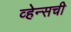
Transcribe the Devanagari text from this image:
व्हेन्सची